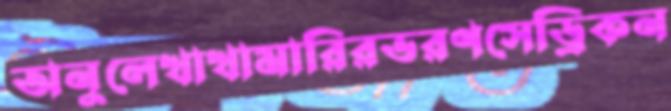
অনুলেখাখামারিরভরণসেড্রিকন